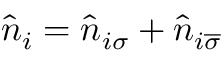
\hat { n } _ { i } = \hat { n } _ { i \sigma } + \hat { n } _ { i \overline { { \sigma } } }